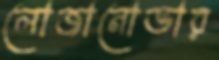
লোজানোভার